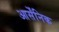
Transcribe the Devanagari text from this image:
आर्सेंनिक